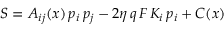
{ \cal S } = A _ { i j } ( x ) \, p _ { i } \, p _ { j } - 2 \eta \, q \, F \, K _ { i } \, p _ { i } + C ( x )